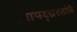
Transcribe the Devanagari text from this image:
आपद्ग्रस्तांचे